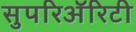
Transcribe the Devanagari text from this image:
सुपरिअॅरिटी